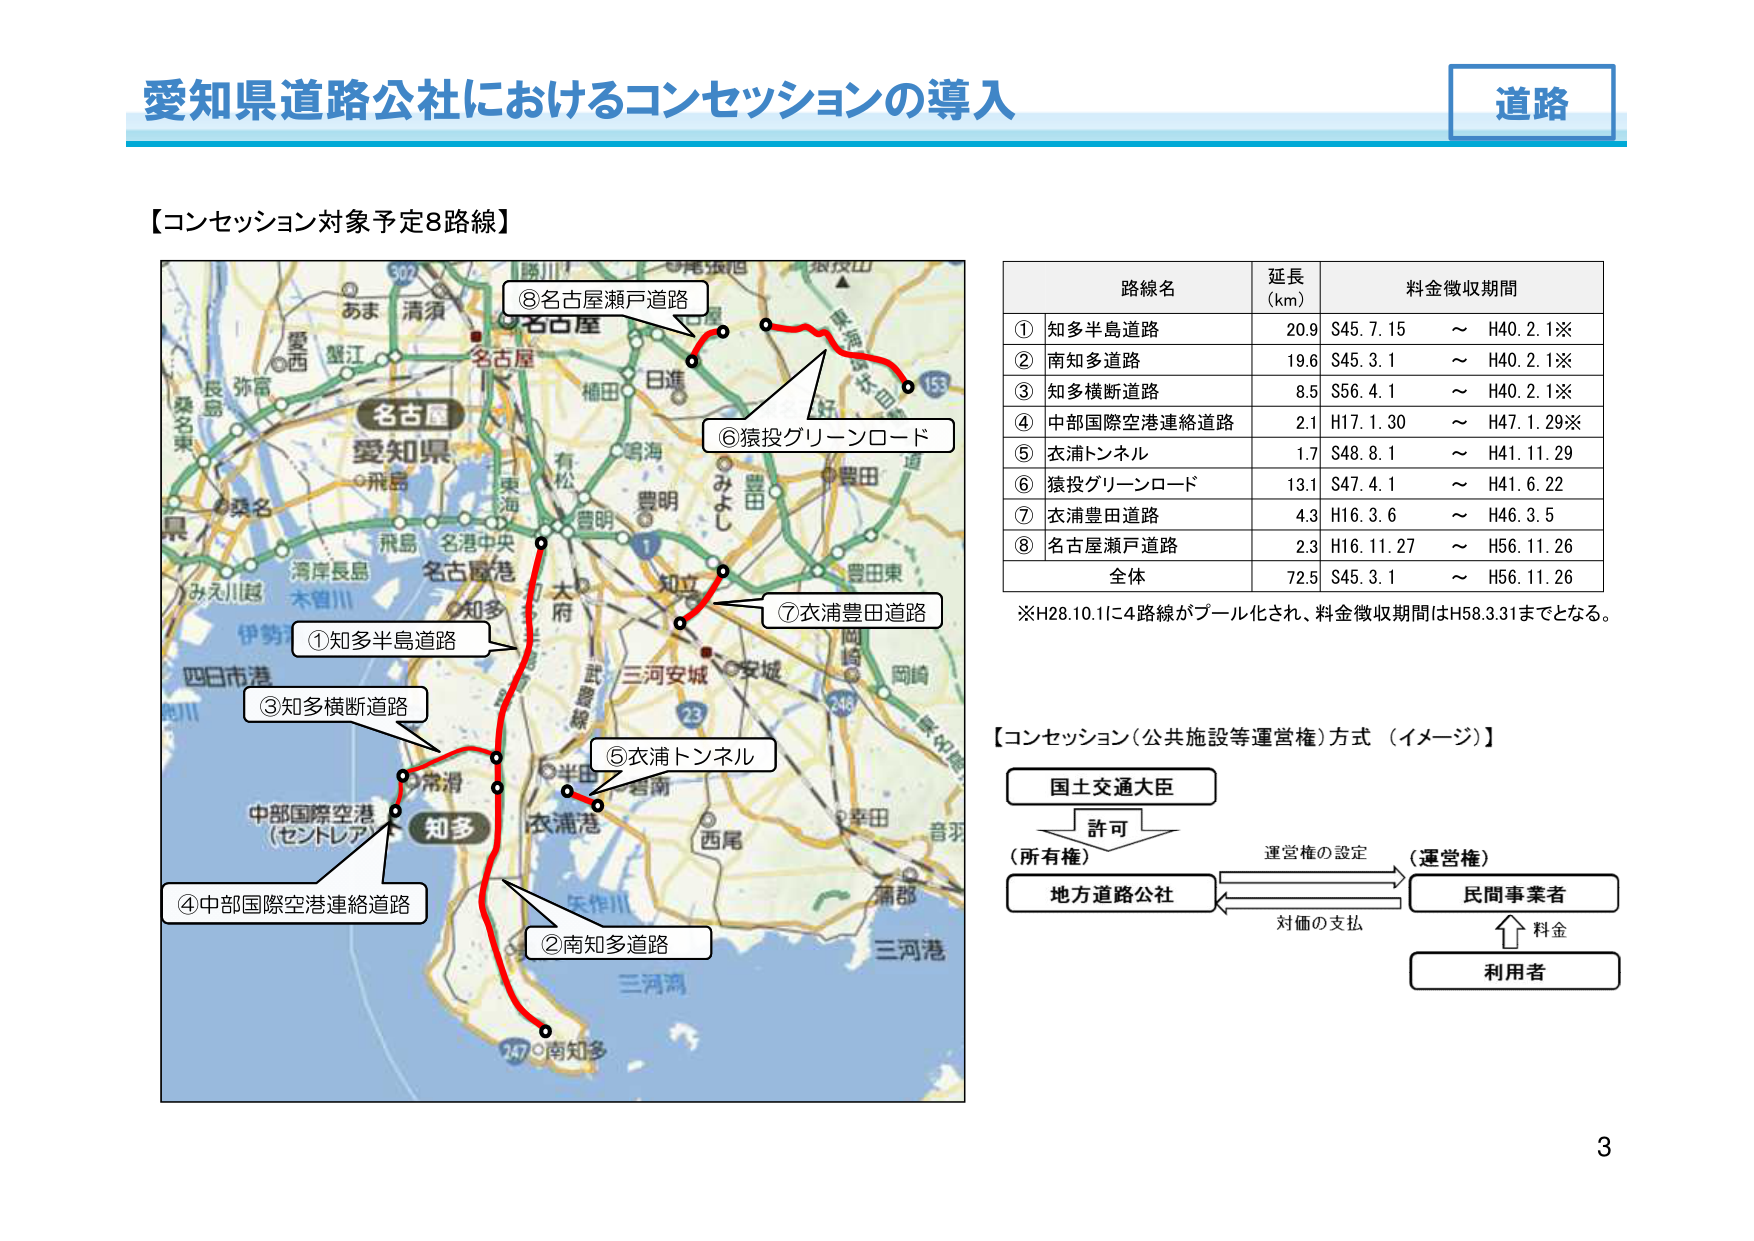
愛知県道路公社におけるコンセッションの導入
道路
【コンセッション対象予定8路線】
①知多半島道路
②南知多道路
③知多横断道路
④中部国際空港連絡道路
⑤衣浦トンネル
⑥猿投グリーンロード
⑦衣浦豊田道路
⑧名古屋瀬戸道路
路線名 延長(km) 料金徴収期間
① 知多半島道路 20.9 S45.7.15 ～ H40.2.1※
② 南知多道路 19.6 S45.3.1 ～ H40.2.1※
③ 知多横断道路 8.5 S56.4.1 ～ H40.2.1※
④ 中部国際空港連絡道路 2.1 H17.1.30 ～ H47.1.29※
⑤ 衣浦トンネル 1.7 S48.8.1 ～ H41.11.29
⑥ 猿投グリーンロード 13.1 S47.4.1 ～ H41.6.22
⑦ 衣浦豊田道路 4.3 H16.3.6 ～ H46.3.5
⑧ 名古屋瀬戸道路 2.3 H16.11.27 ～ H56.11.26
全体 72.5 S45.3.1 ～ H56.11.26
※H28.10.1に4路線がプール化され、料金徴収期間はH58.3.31までとなる。
【コンセッション（公共施設等運営権）方式（イメージ）】
国土交通大臣
許可
（所有権） 運営権の設定 （運営権）
地方道路公社 民間事業者
対価の支払
料金
利用者
3